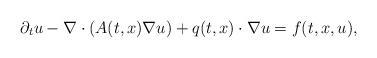
LaTeX: \begin{align*}\partial_{t} u - \nabla \cdot(A(t,x) \nabla u)+q(t,x)\cdot\nabla u=f(t,x,u),\end{align*}